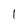
Character: 1